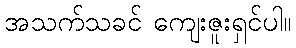
အသက်သခင် ကျေးဇူးရှင်ပါ။